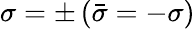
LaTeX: \sigma=\pm\, (\bar{\sigma}=-\sigma)